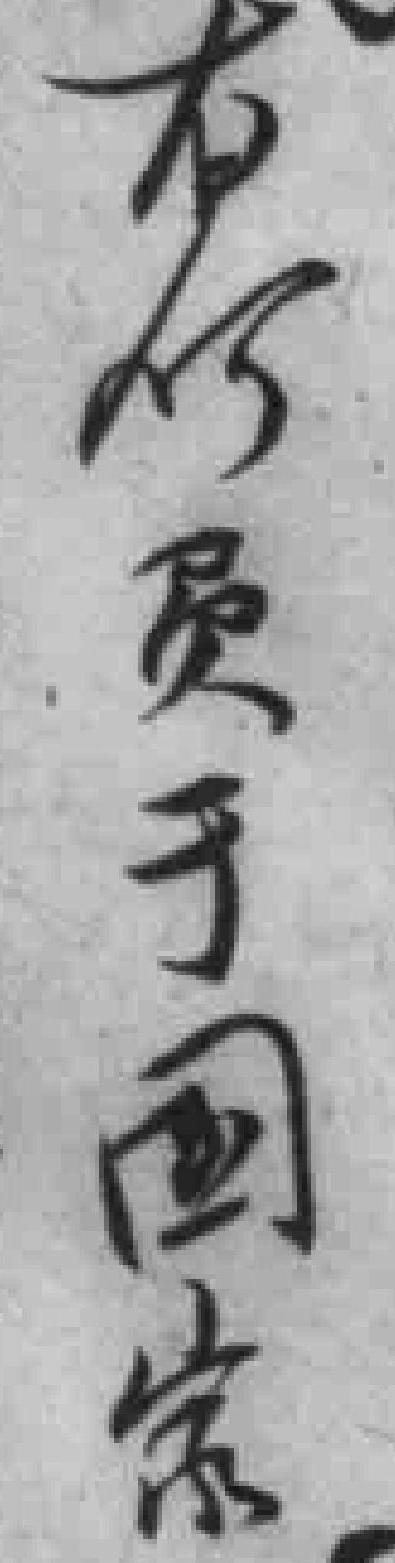
有何负于國家